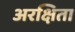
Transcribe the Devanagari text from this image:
अरक्षिता